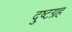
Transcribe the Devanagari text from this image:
दुष्टग्रह